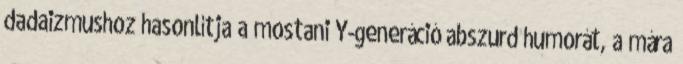
dadaizmushoz hasonlítja a mostani Y-generáció abszurd humorát, a mára